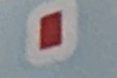
-